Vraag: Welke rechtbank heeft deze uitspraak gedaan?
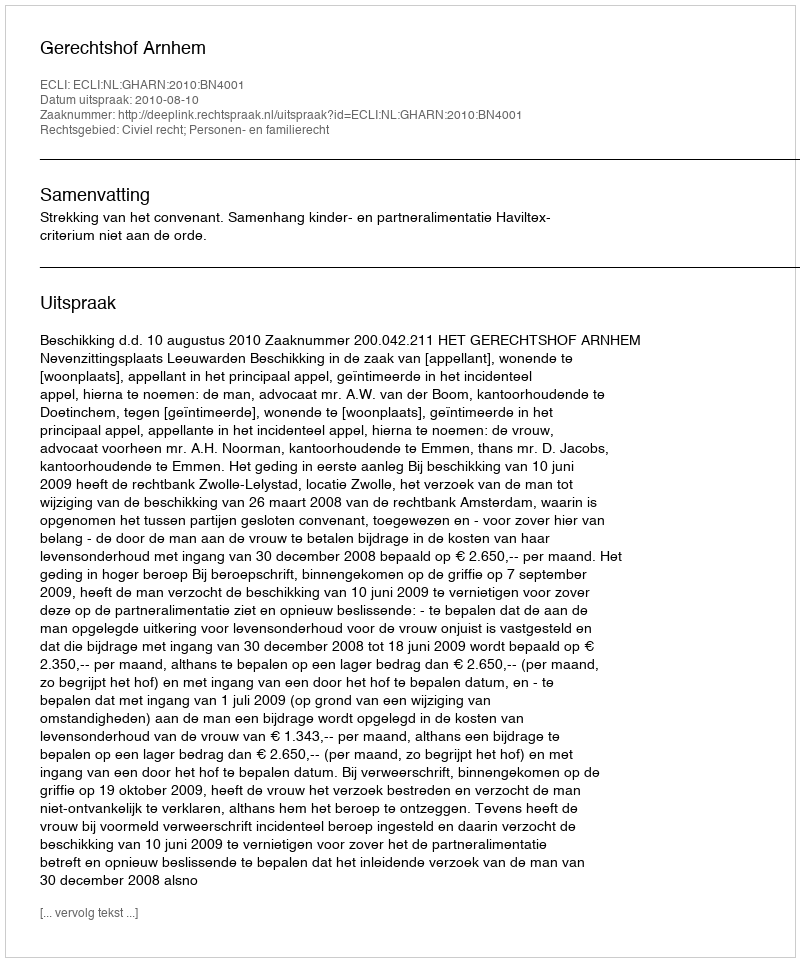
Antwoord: Gerechtshof Arnhem